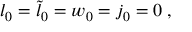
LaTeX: l _ { 0 } = { \tilde { l } } _ { 0 } = w _ { 0 } = j _ { 0 } = 0 \; ,